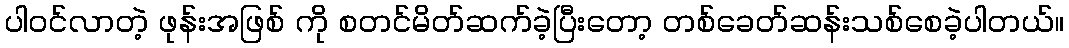
ပါဝင်လာတဲ့ ဖုန်းအဖြစ် ကို စတင်မိတ်ဆက်ခဲ့ပြီးတော့ တစ်ခေတ်ဆန်းသစ်စေခဲ့ပါတယ်။